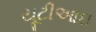
યૂટીઆઇ